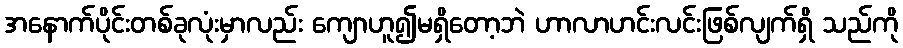
အနောက်ပိုင်းတစ်ခုလုံးမှာလည်း ကျောဟူ၍မရှိတော့ဘဲ ဟာလာဟင်းလင်းဖြစ်လျက်ရှိ သည်ကို